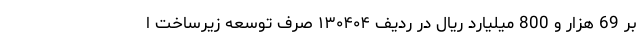
بر 69 هزار و 800 میلیارد ریال در ردیف ۱۳۰۴۰۴ صرفِ توسعه زیرساخت ا